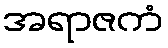
အရာဇကံ